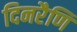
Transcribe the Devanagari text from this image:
दिनरैणि